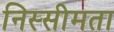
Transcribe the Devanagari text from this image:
निस्सीमता